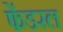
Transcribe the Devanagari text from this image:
फेंडरल